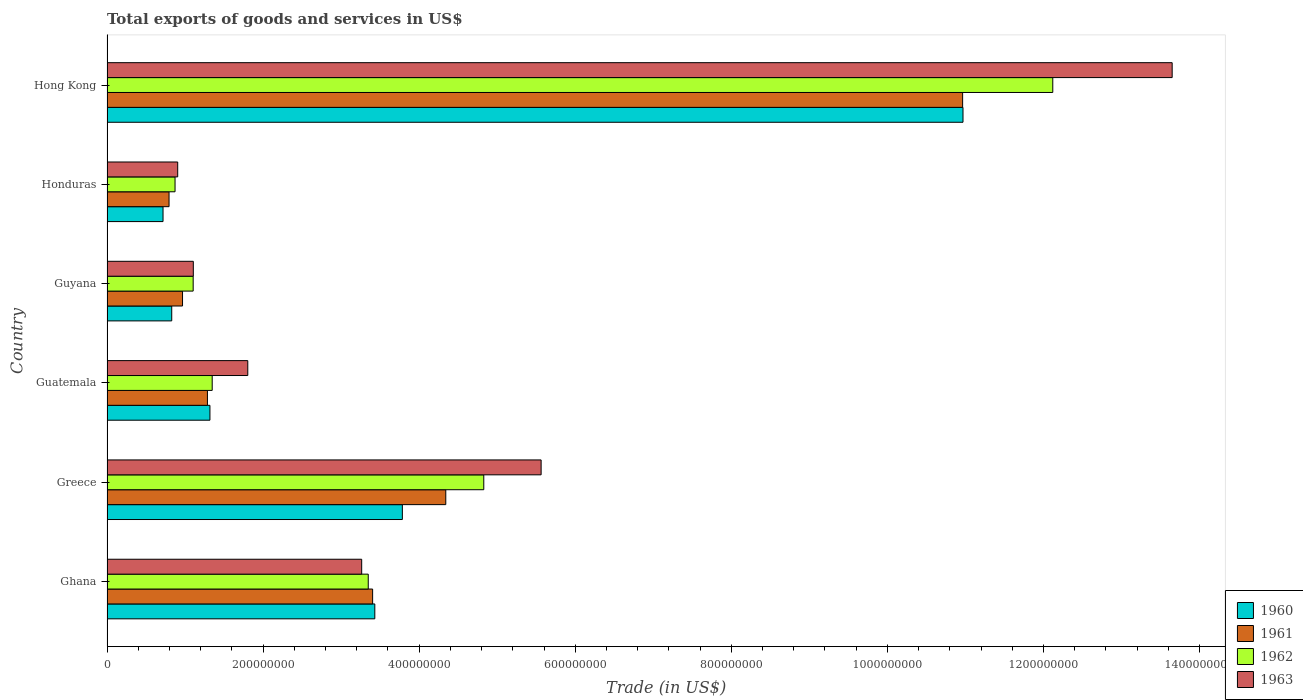
| Country | 1960 | 1961 | 1962 | 1963 |
 | --- | --- | --- | --- | --- |
 | Ghana | 3.43e+08 | 3.4e+08 | 3.35e+08 | 3.26e+08 |
 | Greece | 3.78e+08 | 4.34e+08 | 4.83e+08 | 5.56e+08 |
 | Guatemala | 1.32e+08 | 1.29e+08 | 1.35e+08 | 1.8e+08 |
 | Guyana | 8.29e+07 | 9.68e+07 | 1.1e+08 | 1.11e+08 |
 | Honduras | 7.18e+07 | 7.95e+07 | 8.72e+07 | 9.06e+07 |
 | Hong Kong | 1.1e+09 | 1.1e+09 | 1.21e+09 | 1.36e+09 |